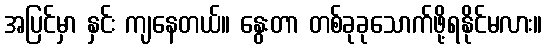
အပြင်မှာ နှင်း ကျနေတယ်။ နွေးတာ တစ်ခုခုသောက်ဖို့ရနိုင်မလား။